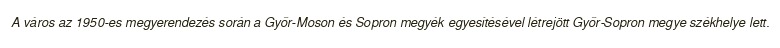
A város az 1950-es megyerendezés során a Győr-Moson és Sopron megyék egyesítésével létrejött Győr-Sopron megye székhelye lett.